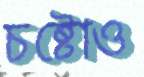
চষ্টোও